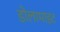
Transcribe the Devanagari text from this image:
डोलामाइट